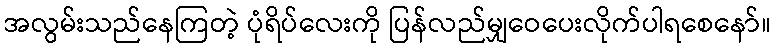
အလွမ်းသည်နေကြတဲ့ ပုံရိပ်လေးကို ပြန်လည်မျှဝေပေးလိုက်ပါရစေနော်။